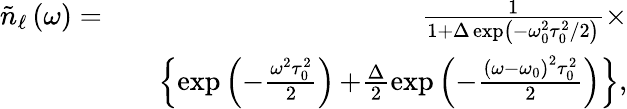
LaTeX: \begin{array}{rlr}{\tilde{n}_{\ell}\left(\omega\right)=}&{}&{\frac{1}{1+\Delta\exp\left(-\omega_{0}^{2}\tau_{0}^{2}/2\right)}\times}\\ &{}&{\left\{ \exp\left(-\frac{\omega^{2}\tau_{0}^{2}}{2}\right)\right.\left.+\frac{\Delta}{2}\exp\left(-\frac{\left(\omega-\omega_{0}\right)^{2}\tau_{0}^{2}}{2}\right)\right\} ,}\end{array}